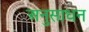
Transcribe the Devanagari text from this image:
अनुसाधन